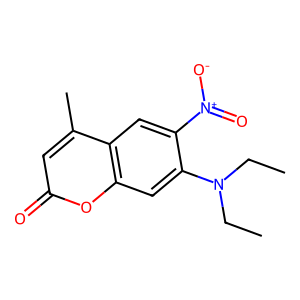
SMILES: CCN(CC)c1cc2oc(=O)cc(C)c2cc1[N+](=O)[O-]
Inhibits HIV replication: No